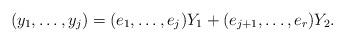
LaTeX: \begin{align*} (y_1,\dots,y_j)=(e_1,\dots,e_j)Y_1+(e_{j+1},\dots,e_r)Y_2.\end{align*}